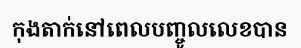
កុងតាក់នៅពេលបញ្ចូលលេខបាន